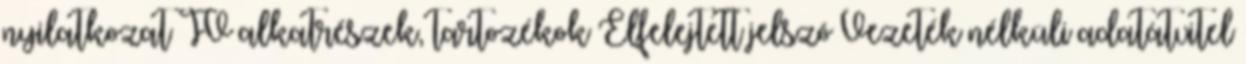
nyilatkozat TV alkatrészek, tartozékok Elfelejtett jelszó Vezeték nélküli adatátvitel